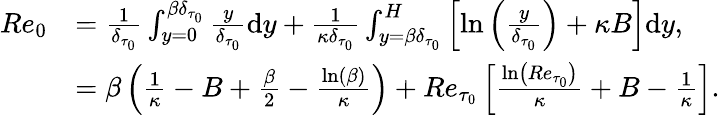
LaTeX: \begin{array}{rl}{Re_{0}}&{=\frac{1}{\delta_{\tau_{0}}}\int_{y=0}^{{\beta}\delta_{\tau_{0}}}\frac{y}{\delta_{\tau_{0}}}\mathrm{d}y+\frac{1}{\kappa\delta_{\tau_{0}}}\int_{y={\beta}\delta_{\tau_{0}}}^{H}\left[\ln\left(\frac{y}{\delta_{\tau_{0}}}\right)+\kappa B\right]\mathrm{d}y,}\\ &{=\beta\left(\frac{1}{\kappa}-B+\frac{{\beta}}{2}-\frac{\ln({\beta})}{\kappa}\right)+Re_{\tau_{0}}\left[\frac{\ln\left(Re_{\tau_{0}}\right)}{\kappa}+B-\frac{1}{\kappa}\right].}\end{array}